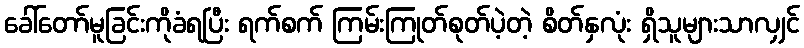
ခေါ်တော်မူခြင်းကိုခံရပြီး ရက်စက် ကြမ်းကြုတ်စုတ်ပဲ့တဲ့ စိတ်နှလုံး ရှိသူများသာလျှင်